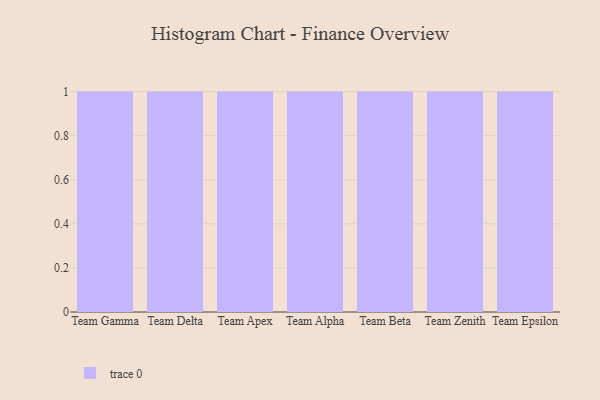
{"axis": {"x": "Team", "y": "Temperature (°C)"}, "legend": [""], "data": [{"x": "Team Gamma", "y": 44, "type": ""}, {"x": "Team Delta", "y": 59, "type": ""}, {"x": "Team Apex", "y": 62, "type": ""}, {"x": "Team Alpha", "y": 1, "type": ""}, {"x": "Team Beta", "y": 73, "type": ""}, {"x": "Team Zenith", "y": 74, "type": ""}, {"x": "Team Epsilon", "y": 13, "type": ""}]}